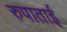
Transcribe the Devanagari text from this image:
रुपाताई